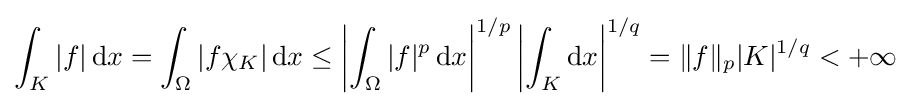
{\int _{K}|f|\,\mathrm {d} x}={\int _{\Omega }|f\chi _{K}|\,\mathrm {d} x}\leq \left|{\int _{\Omega }|f|^{p}\,\mathrm {d} x}\right|^{1/p}\left|{\int _{K}\mathrm {d} x}\right|^{1/q}=\|f\|_{p}|K|^{1/q}<+\infty